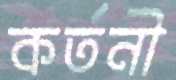
কর্তনী